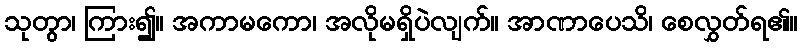
သုတွာ၊ ကြား၍။ အကာမကော၊ အလိုမရှိပဲလျက်။ အာဏာပေသိ၊ စေလွှတ်ရ၏။